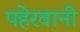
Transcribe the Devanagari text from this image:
पहेरवानी